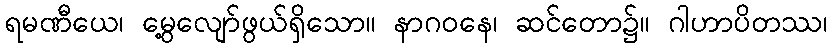
ရမဏီယေ၊ မွေ့လျော်ဖွယ်ရှိသော။ နာဂဝနေ၊ ဆင်တော၌။ ဂါဟာပိတဿ၊